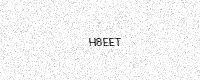
Text: H8EET